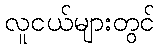
လူငယ်များတွင်